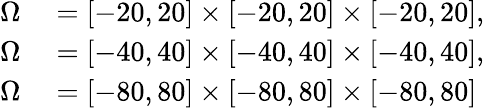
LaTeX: \begin{array}{rl}{\Omega}&{{}=[-20,20]\times[-20,20]\times[-20,20],}\\ {\Omega}&{{}=[-40,40]\times[-40,40]\times[-40,40],}\\ {\Omega}&{{}=[-80,80]\times[-80,80]\times[-80,80]}\end{array}